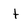
Character: t